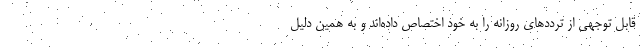
قابل توجهی از ترددهای روزانه را به خود اختصاص داده‌اند و به همین دلیل